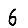
Digit: 6